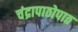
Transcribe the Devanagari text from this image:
चंद्रापाठोपाठ